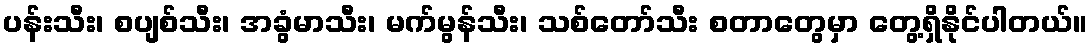
ပန်းသီး၊ စပျစ်သီး၊ အခွံမာသီး၊ မက်မွန်သီး၊ သစ်တော်သီး စတာတွေမှာ တွေ့ရှိနိုင်ပါတယ်။